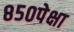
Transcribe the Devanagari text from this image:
८५०पेक्षा